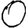
Digit: 0